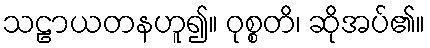
သဠာယတနဟူ၍။ ဝုစ္စတိ၊ ဆိုအပ်၏။